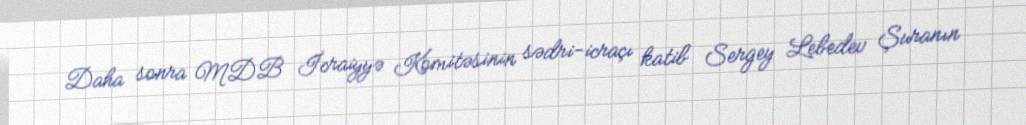
Daha sonra MDB İcraiyyə Komitəsinin sədri-icraçı katib Sergey Lebedev Şuranın